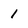
Character: 1